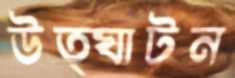
উত্ঘাটন